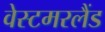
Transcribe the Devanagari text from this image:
वेस्टमरलैंड